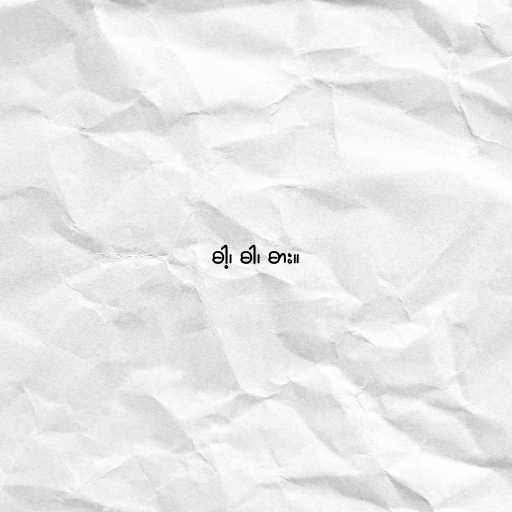
ဓါ့၊ ဓါ၊ ဓား။